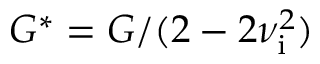
{ G ^ { * } = G / ( 2 - 2 \nu _ { \mathrm { i } } ^ { 2 } ) }